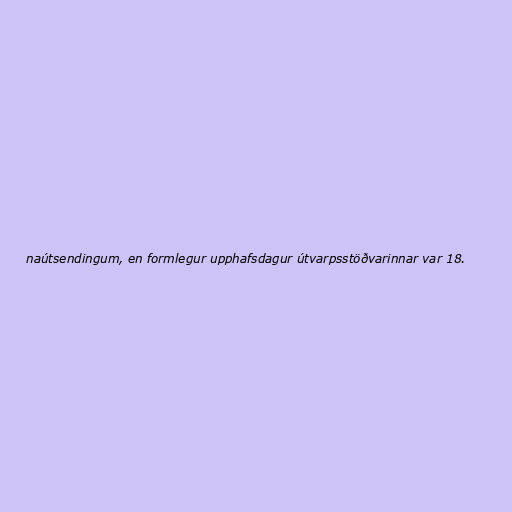
naútsendingum, en formlegur upphafsdagur útvarpsstöðvarinnar var 18.